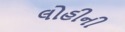
લોહીની